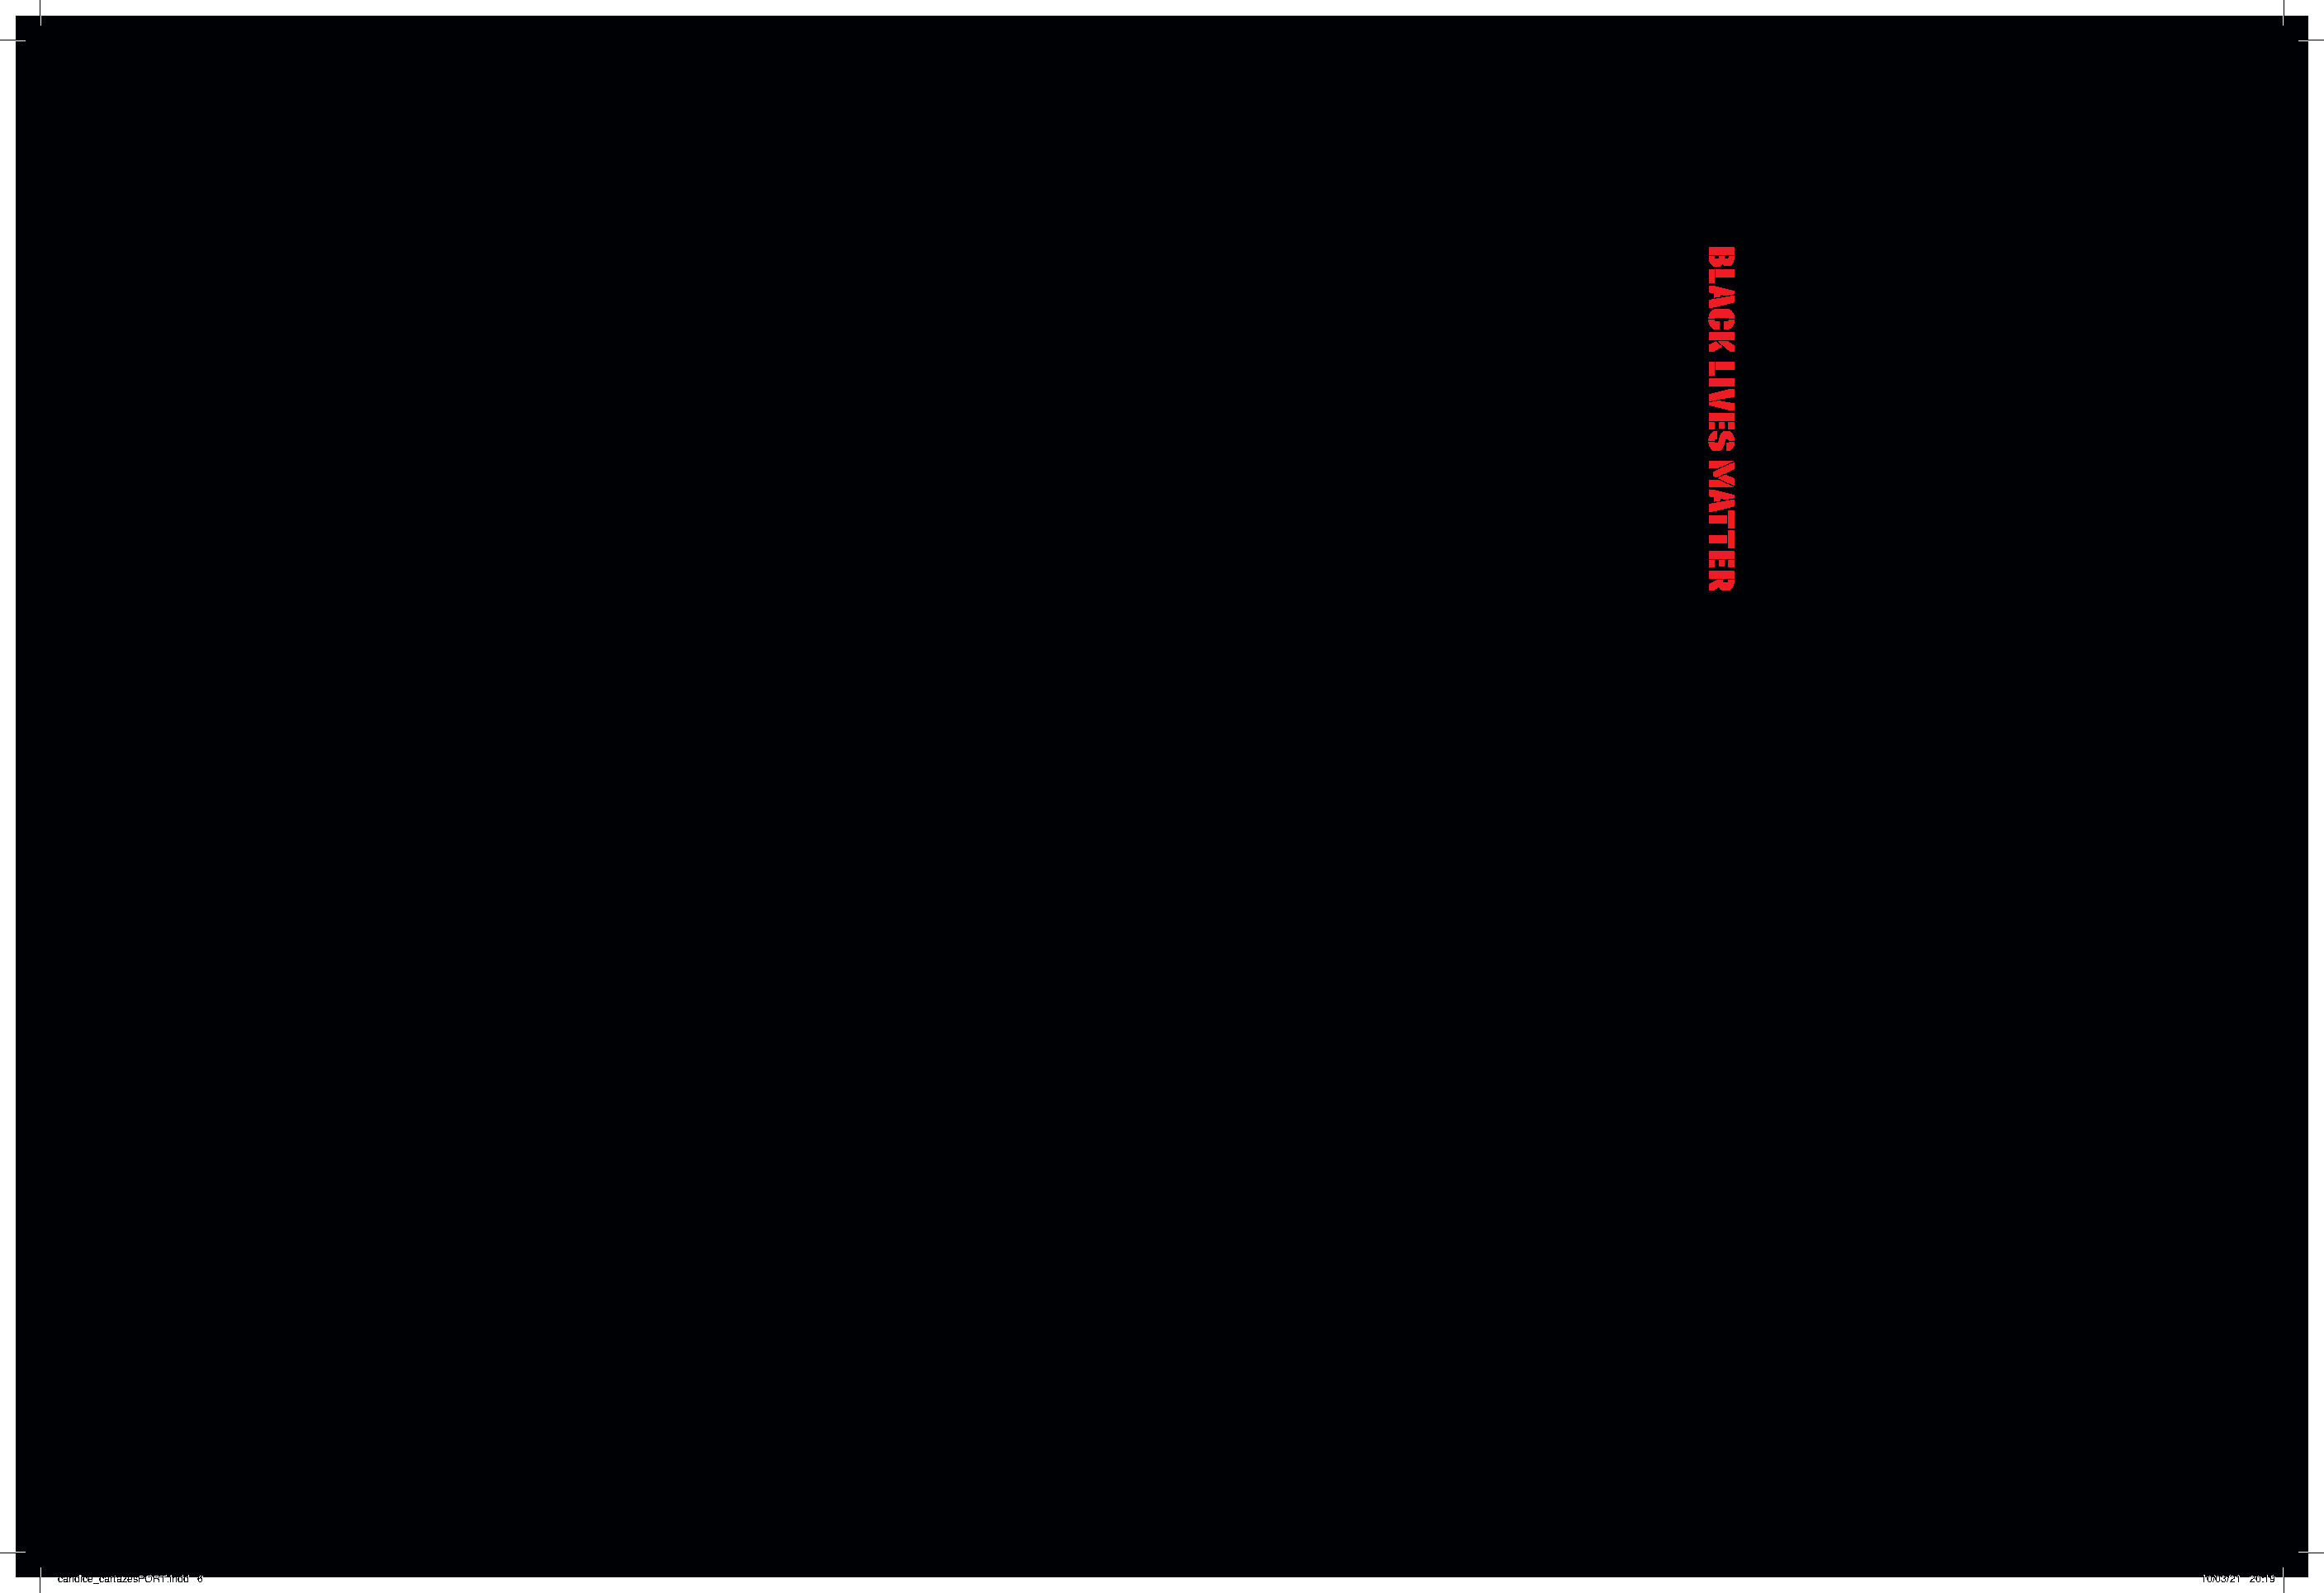
candice_cartazesPORT.indd 6                                                                                                                                                10/03/21 20:19
 BLACK
 LIVES
 MATTER